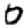
Digit: 0